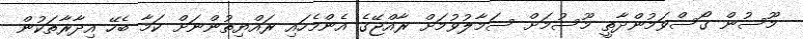
މޫސުން ގޯސްވަމުންދާތީ މޫސުމަށް ސަމާލުވުމަށް ރާއްޖޭގެ އެންމެހައި ރައްޔިތުންނަށް ކަމާ ބެހޭ އިދާރާތަކުން